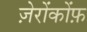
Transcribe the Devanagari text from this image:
ज़ेरोंकोंफ़